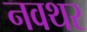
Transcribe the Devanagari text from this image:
नवथर